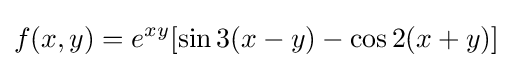
f(x,y)=e^{xy}[\sin 3(x-y)-\cos 2(x+y)]